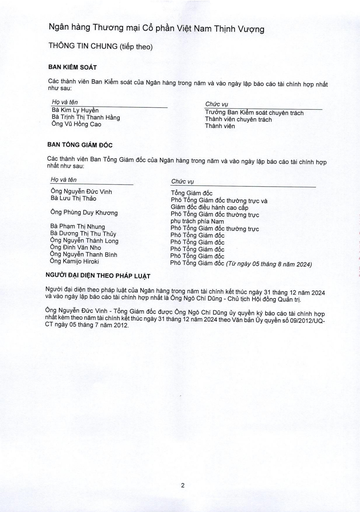
|Họ và tên|Chức vụ| |---|---| |Bà Kim Ly Huyền|Trưởng Ban Kiểm soát chuyên trách| |Bà Trịnh Thị Thanh Hằng|Thành viên chuyên trách| |Ông Vũ Hồng Cao|Thành viên| |Họ và tên|Chức vụ| |---|---| |Ông Nguyễn Đức Vinh|Tổng Giám đốc| |Bà Lưu Thị Thảo|Phó Tổng Giám đốc thường trực và| ||Giám đốc điều hành cao cấp| |Ông Phùng Duy Khương|Phó Tổng Giám đốc thường trực| ||phụ trách phía Nam| |Bà Phạm Thị Nhung|Phó Tổng Giám đốc thường trực| |Bà Dương Thị Thu Thủy|Phó Tổng Giám đốc| |Ông Nguyễn Thành Long|Phó Tổng Giám đốc| |Ông Đinh Văn Nhỏ|Phó Tổng Giám đốc| |Ông Nguyễn Thanh Bình|Phó Tổng Giám đốc| |Ông Kamijo Hiroki|Phó Tổng Giám đốc (Từ ngày 05 tháng 8 năm 2024)|